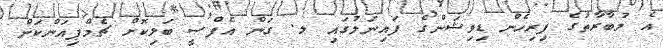
އެ މުބާރާތުގެ ފިރިހެން ޑިވިޝަންގެ ފައިނަލުގައި ލ. ގަން އެފްސީ ބަލިކޮށް ޗެމްޕިއަންކަން